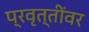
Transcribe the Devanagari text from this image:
प्रवृत्तींवर